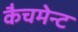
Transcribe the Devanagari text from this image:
कैचमेन्ट